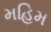
મહિમ